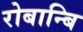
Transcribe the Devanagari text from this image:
रोबान्बि